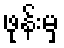
ဖုန်းမှ